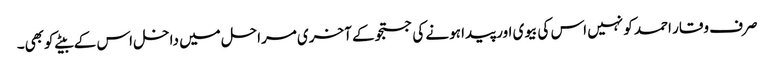
صرف وقار احمد کو نہیں اس کی بیوی اور پیدا ہونے کی جستجو کے آخری مراحل میں داخل اس کے بیٹے کوبھی۔